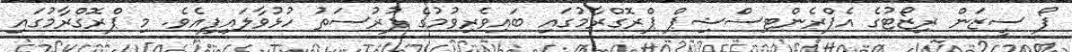
ފޯ ސީޒަން ރިޒޯޓުގެ އެޕްރެންޓިސްޝިޕް ޕްރޮގްރާމުގައި ބައިވެރިވުމުގެ ފުރުސަތު ހުޅުވާލައިފިއެވެ. މި ޕްރޮގްރާމުގައި